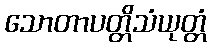
သောတာပတ္တိသံယုတ္တံ